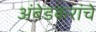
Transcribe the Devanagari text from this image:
अंबेडकरांचे